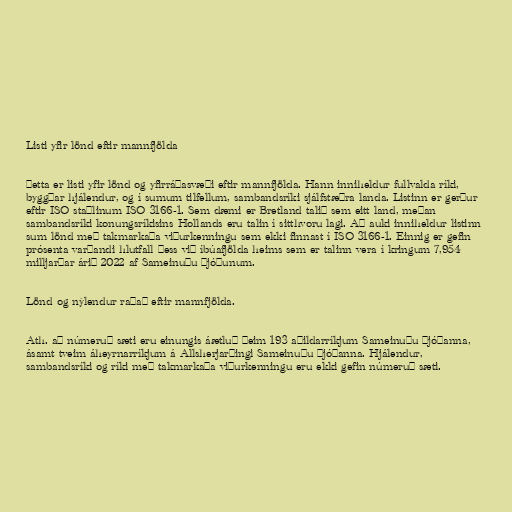
Listi yfir lönd eftir mannfjölda

Þetta er listi yfir lönd og yfirráðasvæði eftir mannfjölda. Hann inniheldur fullvalda ríki,
byggðar hjálendur, og í sumum tilfellum, sambandsríki sjálfstæðra landa. Listinn er gerður
eftir ISO staðlinum ISO 3166-1. Sem dæmi er Bretland talið sem eitt land, meðan
sambandsríki konungsríkisins Hollands eru talin í sitthvoru lagi. Að auki inniheldur listinn
sum lönd með takmarkaða viðurkenningu sem ekki finnast í ISO 3166-1. Einnig er gefin
prósenta varðandi hlutfall þess við íbúafjölda heims sem er talinn vera í kringum 7,954
milljarðar árið 2022 af Sameinuðu þjóðunum.

Lönd og nýlendur raðað eftir mannfjölda.

Ath. að númeruð sæti eru einungis áætluð þeim 193 aðildarríkjum Sameinuðu þjóðanna,
ásamt tveim áheyrnarríkjum á Allsherjarþingi Sameinuðu þjóðanna. Hjálendur,
sambandsríki og ríki með takmarkaða viðurkenningu eru ekki gefin númeruð sæti.